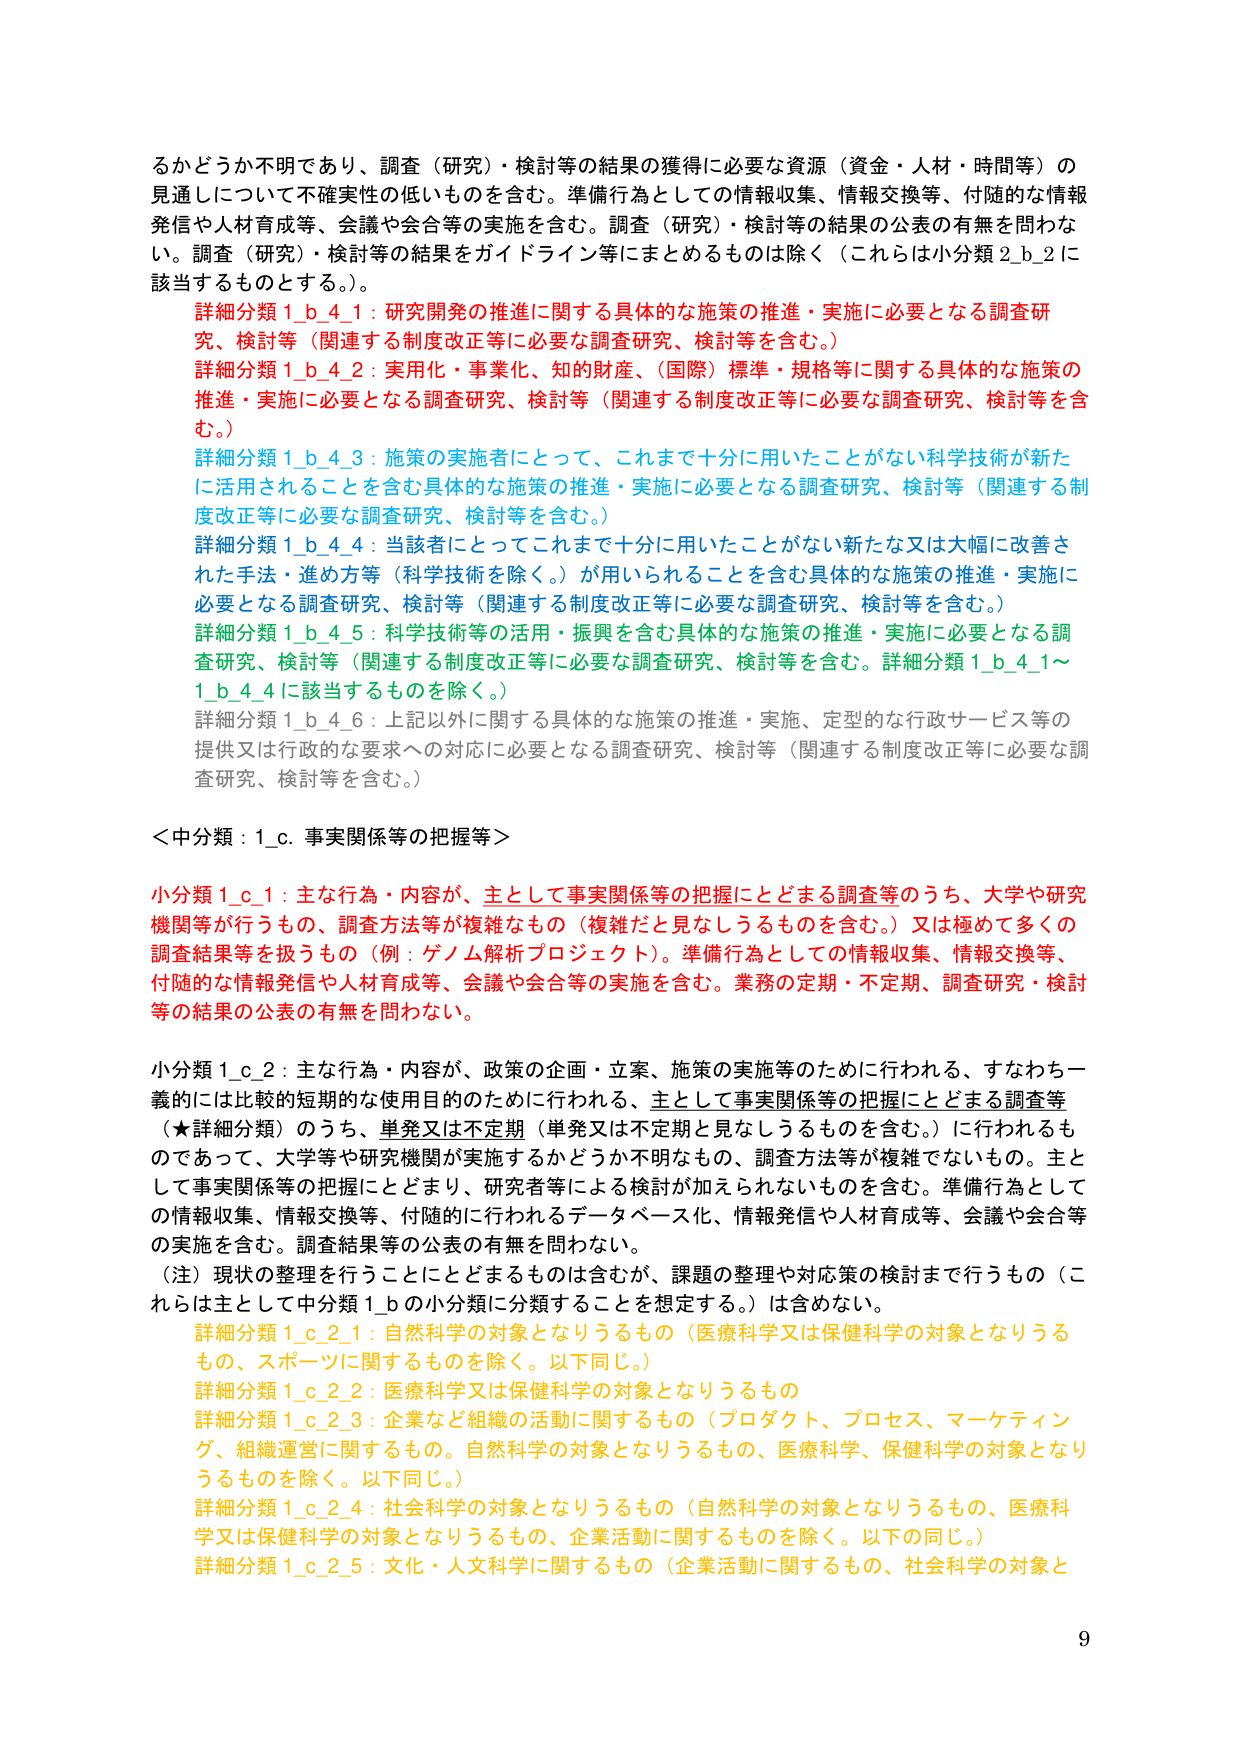
るかどうか不明であり、調査（研究）・検討等の結果の獲得に必要な資源（資金・人材・時間等）の
見通しについて不確実性の低いものを含む。準備行為としての情報収集、情報交換等、付随的な情報
発信や人材育成等、会議や会合等の実施を含む。調査（研究）・検討等の結果の公表の有無を問わな
い。調査（研究）・検討の結果をガイドライン等にまとめるものは除く（これらは小分類 2_b_2 に
該当するものとする。）。

詳細分類 1_b_4_1：研究開発の推進に関する具体的な施策の推進・実施に必要となる調査研
究、検討等（関連する制度改正等に必要な調査研究、検討等を含む。）
詳細分類 1_b_4_2：実用化・事業化、知的財産、（国際）標準・規格等に関する具体的な施策の
推進・実施に必要となる調査研究、検討等（関連する制度改正等に必要な調査研究、検討等を含
む。）
詳細分類 1_b_4_3：施策の実施者にとって、これまで十分に用いたことがない科学技術が新た
に活用されることを含む具体的な施策の推進・実施に必要となる調査研究、検討等（関連する制
度改正等に必要な調査研究、検討等を含む。）
詳細分類 1_b_4_4：当該者にとってこれまで十分に用いたことがない新たな又は大幅に改善さ
れた手法・進め方等（科学技術を除く。）が用いられることを含む具体的な施策の推進・実施に
必要となる調査研究、検討等（関連する制度改正等に必要な調査研究、検討等を含む。）
詳細分類 1_b_4_5：科学技術等の活用・振興を含む具体的な施策の推進・実施に必要となる調
査研究、検討等（関連する制度改正等に必要な調査研究、検討等を含む。詳細分類 1_b_4_1～
1_b_4_4 に該当するものを除く。）
詳細分類 1_b_4_6：上記以外に関する具体的な施策の推進・実施、定型的な行政サービス等の
提供又は行政的な要求への対応に必要となる調査研究、検討等（関連する制度改正等に必要な調
査研究、検討等を含む。）

＜中分類：1_c. 事実関係等の把握等＞

小分類 1_c_1：主な行為・内容が、主として事実関係等の把握にとどまる調査等のうち、大学や研究
機関等が行うもの、調査方法等が複雑なもの（複雑だと見なしうるものを含む。）又は極めて多くの
調査結果等を扱うもの（例：ゲノム解析プロジェクト）。準備行為としての情報収集、情報交換等、
付随的な情報発信や人材育成等、会議や会合等の実施を含む。業務の定期・不定期、調査研究・検討
等の結果の公表の有無を問わない。

小分類 1_c_2：主な行為・内容が、政策の企画・立案、施策の実施等のために行われる、すなわち一
義的には比較的短期的な使用目的のために行われる、主として事実関係等の把握にとどまる調査等
（★詳細分類）のうち、単発又は不定期（単発又は不定期と見なしうるものを含む。）に行われるも
のであって、大学等や研究機関が実施するかどうか不明なもの、調査方法等が複雑でないもの。主と
して事実関係等の把握にとどまり、研究者等による検討が加えられないものを含む。準備行為として
の情報収集、情報交換等、付随的に行われるデータベース化、情報発信や人材育成等、会議や会合等
の実施を含む。調査結果等の公表の有無を問わない。
（注）現状の整理を行うこととどまるものは含むが、課題の整理や対応策の検討まで行うもの（こ
れらは主として中分類 1_b の小分類に分類することを想定する。）は含めない。

詳細分類 1_c_2_1：自然科学の対象となりうるもの（医療科学又は保健科学の対象となりうる
もの、スポーツに関するものを除く。以下同じ。）
詳細分類 1_c_2_2：医療科学又は保健科学の対象となりうるもの
詳細分類 1_c_2_3：企業など組織の活動に関するもの（プロダクト、プロセス、マーケティン
グ、組織運営に関するもの。自然科学の対象となりうるもの、医療科学、保健科学の対象となり
うものを除く。以下同じ。）
詳細分類 1_c_2_4：社会科学の対象となりうるもの（自然科学の対象となりうるもの、医療科
学又は保健科学の対象となりうるもの、企業活動に関するものを除く。以下の同じ。）
詳細分類 1_c_2_5：文化・人文科学に関するもの（企業活動に関するもの、社会科学の対象と

9